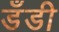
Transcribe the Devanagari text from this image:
डँडी